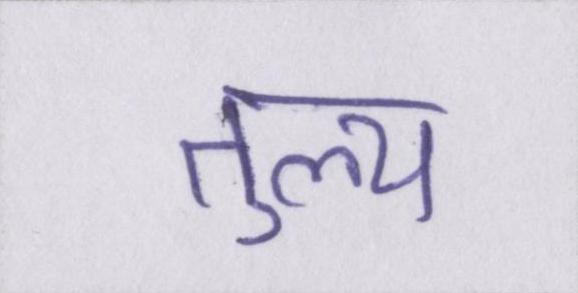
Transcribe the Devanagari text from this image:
तुल्य